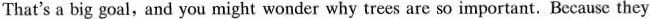
That's a big goal,and you might wonder why trees are so important. Because they